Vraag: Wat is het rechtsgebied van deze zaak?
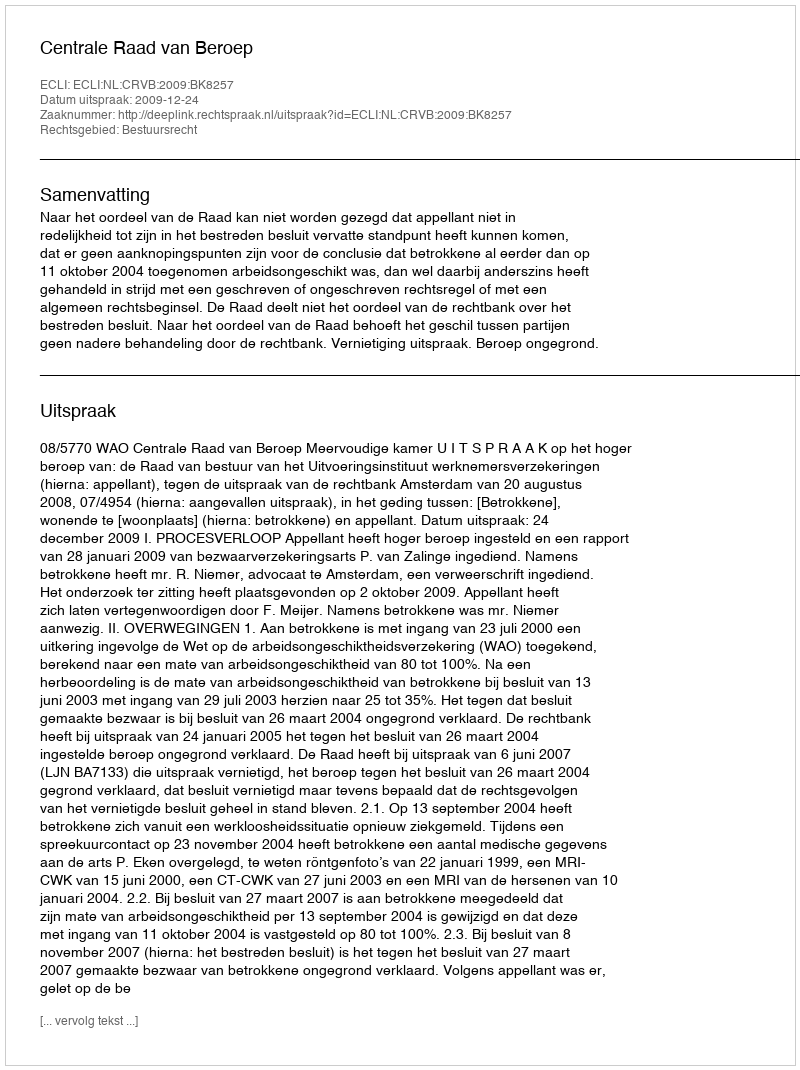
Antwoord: Bestuursrecht